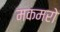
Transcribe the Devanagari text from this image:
मकमरो